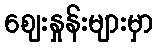
ဈေးနှုန်းများမှာ